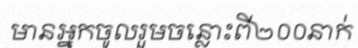
មានអ្នកចូលរួមចន្លោះពី២០០នាក់